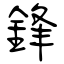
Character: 鋒